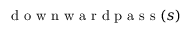
\mathrm { ~ d ~ o ~ w ~ n ~ w ~ a ~ r ~ d ~ p ~ a ~ s ~ s ~ } ( s )